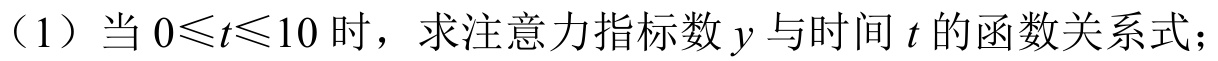
（1）当 \(0\leqslant t\leqslant 10\) 时，求注意力指标数 \(y\) 与时间 \(t\) 的函数关系式；